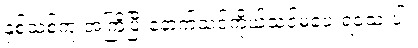
နှစ်သစ်ကူးအကြိုပြီးနောက်သင့်ကိုယ်သင်မပေးရသေးပါ။